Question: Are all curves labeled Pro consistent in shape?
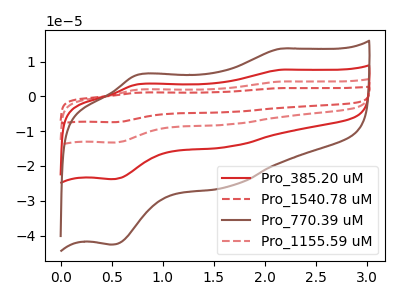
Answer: <think>The red curve "Pro_385.20 uM" has anodic peaks at (2.15V, 7.65uA) (0.75V, 3.45uA) and cathodic peaks at (1.65V, -14.50uA) (0.50V, -23.80uA). The red dashed curve "Pro_1540.78 uM" has anodic peaks at (2.15V, 23.00uA) (0.75V, 10.40uA) and cathodic peaks at (1.65V, -43.45uA) (0.50V, -71.35uA). The brown curve "Pro_770.39 uM" has anodic peaks at (2.15V, 13.70uA) (0.75V, 6.20uA) and cathodic peaks at (1.65V, -25.95uA) (0.50V, -42.60uA). The red dashed curve "Pro_1155.59 uM" has anodic peaks at (2.15V, 15.30uA) (0.75V, 6.95uA) and cathodic peaks at (1.65V, -28.95uA) (0.50V, -47.55uA).
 All the peaks in "Pro_385.20 uM" have a peak in "Pro_1540.78 uM" at the same potential. Every peak in "Pro_385.20 uM" is lower than every peak in "Pro_1540.78 uM". All the peaks in "Pro_385.20 uM" have a peak in "Pro_770.39 uM" at the same potential. Every peak in "Pro_385.20 uM" is lower than every peak in "Pro_770.39 uM". All the peaks in "Pro_385.20 uM" have a peak in "Pro_1155.59 uM" at the same potential. Every peak in "Pro_385.20 uM" is lower than every peak in "Pro_1155.59 uM". All the peaks in "Pro_1540.78 uM" have a peak in "Pro_770.39 uM" at the same potential. Every peak in "Pro_1540.78 uM" is higher than every peak in "Pro_770.39 uM". All the peaks in "Pro_1540.78 uM" have a peak in "Pro_1155.59 uM" at the same potential. Every peak in "Pro_1540.78 uM" is higher than every peak in "Pro_1155.59 uM". All the peaks in "Pro_770.39 uM" have a peak in "Pro_1155.59 uM" at the same potential. Every peak in "Pro_770.39 uM" is lower than every peak in "Pro_1155.59 uM".</think>
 <answer>All the CV's of "Pro" have similar shape.</answer>
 <eval>follow_rule</eval>